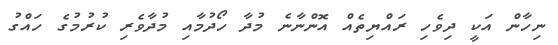
ނިހާން އަކީ ދިވެހި ރައްޔިތެއް އޮންނާނެ މުދާ ހޯދުމާއި މުދާވެރި ކުރުމުގެ ހައްގު